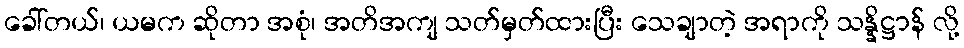
ခေါ်တယ်၊ ယမက ဆိုတာ အစုံ၊ အတိအကျ သတ်မှတ်ထားပြီး သေချာတဲ့ အရာကို သန္နိဋ္ဌာန် လို့